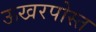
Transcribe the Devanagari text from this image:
ऊखरपोस्त